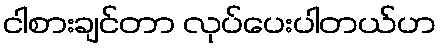
ငါစားချင်တာ လုပ်ပေးပါတယ်ဟ